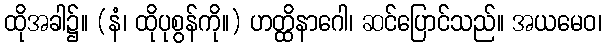
ထိုအခါ၌။ (နံ၊ ထိုပုစွန်ကို။) ဟတ္ထိနာဂေါ၊ ဆင်ပြောင်သည်။ အယမေဝ၊